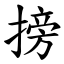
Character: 搒